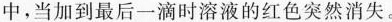
中，当加到最后一滴时溶液的红色突然消失。